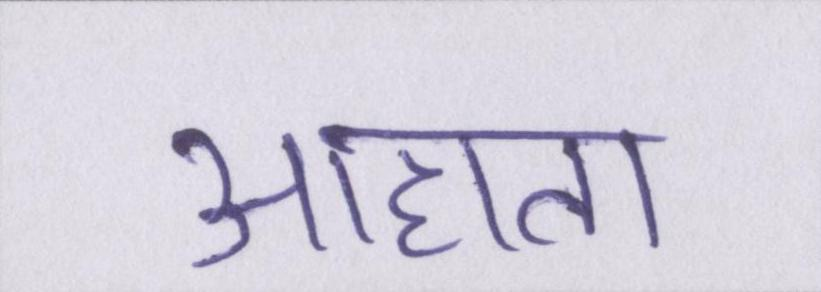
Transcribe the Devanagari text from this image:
आहाता